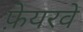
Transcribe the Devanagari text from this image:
फ़ेयरवे